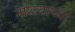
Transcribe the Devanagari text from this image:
नाश्त्याच्या